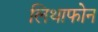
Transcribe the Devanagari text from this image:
लिथाफोन